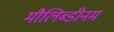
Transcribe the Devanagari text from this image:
मौलिब्डीनम